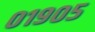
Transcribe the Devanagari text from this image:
०१९०५